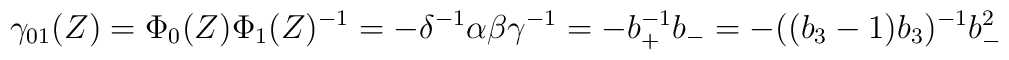
\gamma_{01}(Z)=\Phi_0(Z)\Phi_1(Z)^{-1} =-\delta^{-1}\alpha\beta\gamma^{-1}=- b_+^{-1}b_- = -((b_3-1)b_3)^{-1} b_-^{2}